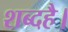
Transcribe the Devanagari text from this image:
शब्दहै।